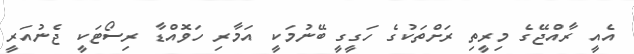
އެއީ ރާއްޖޭގެ މިރީތި ރަށްތަކުގެ ހަގީގީ ބޭނުމަކީ އަމާރި ހަވޮއްޑާ ރިސޯޓަކީ ޖެނުއަރީ